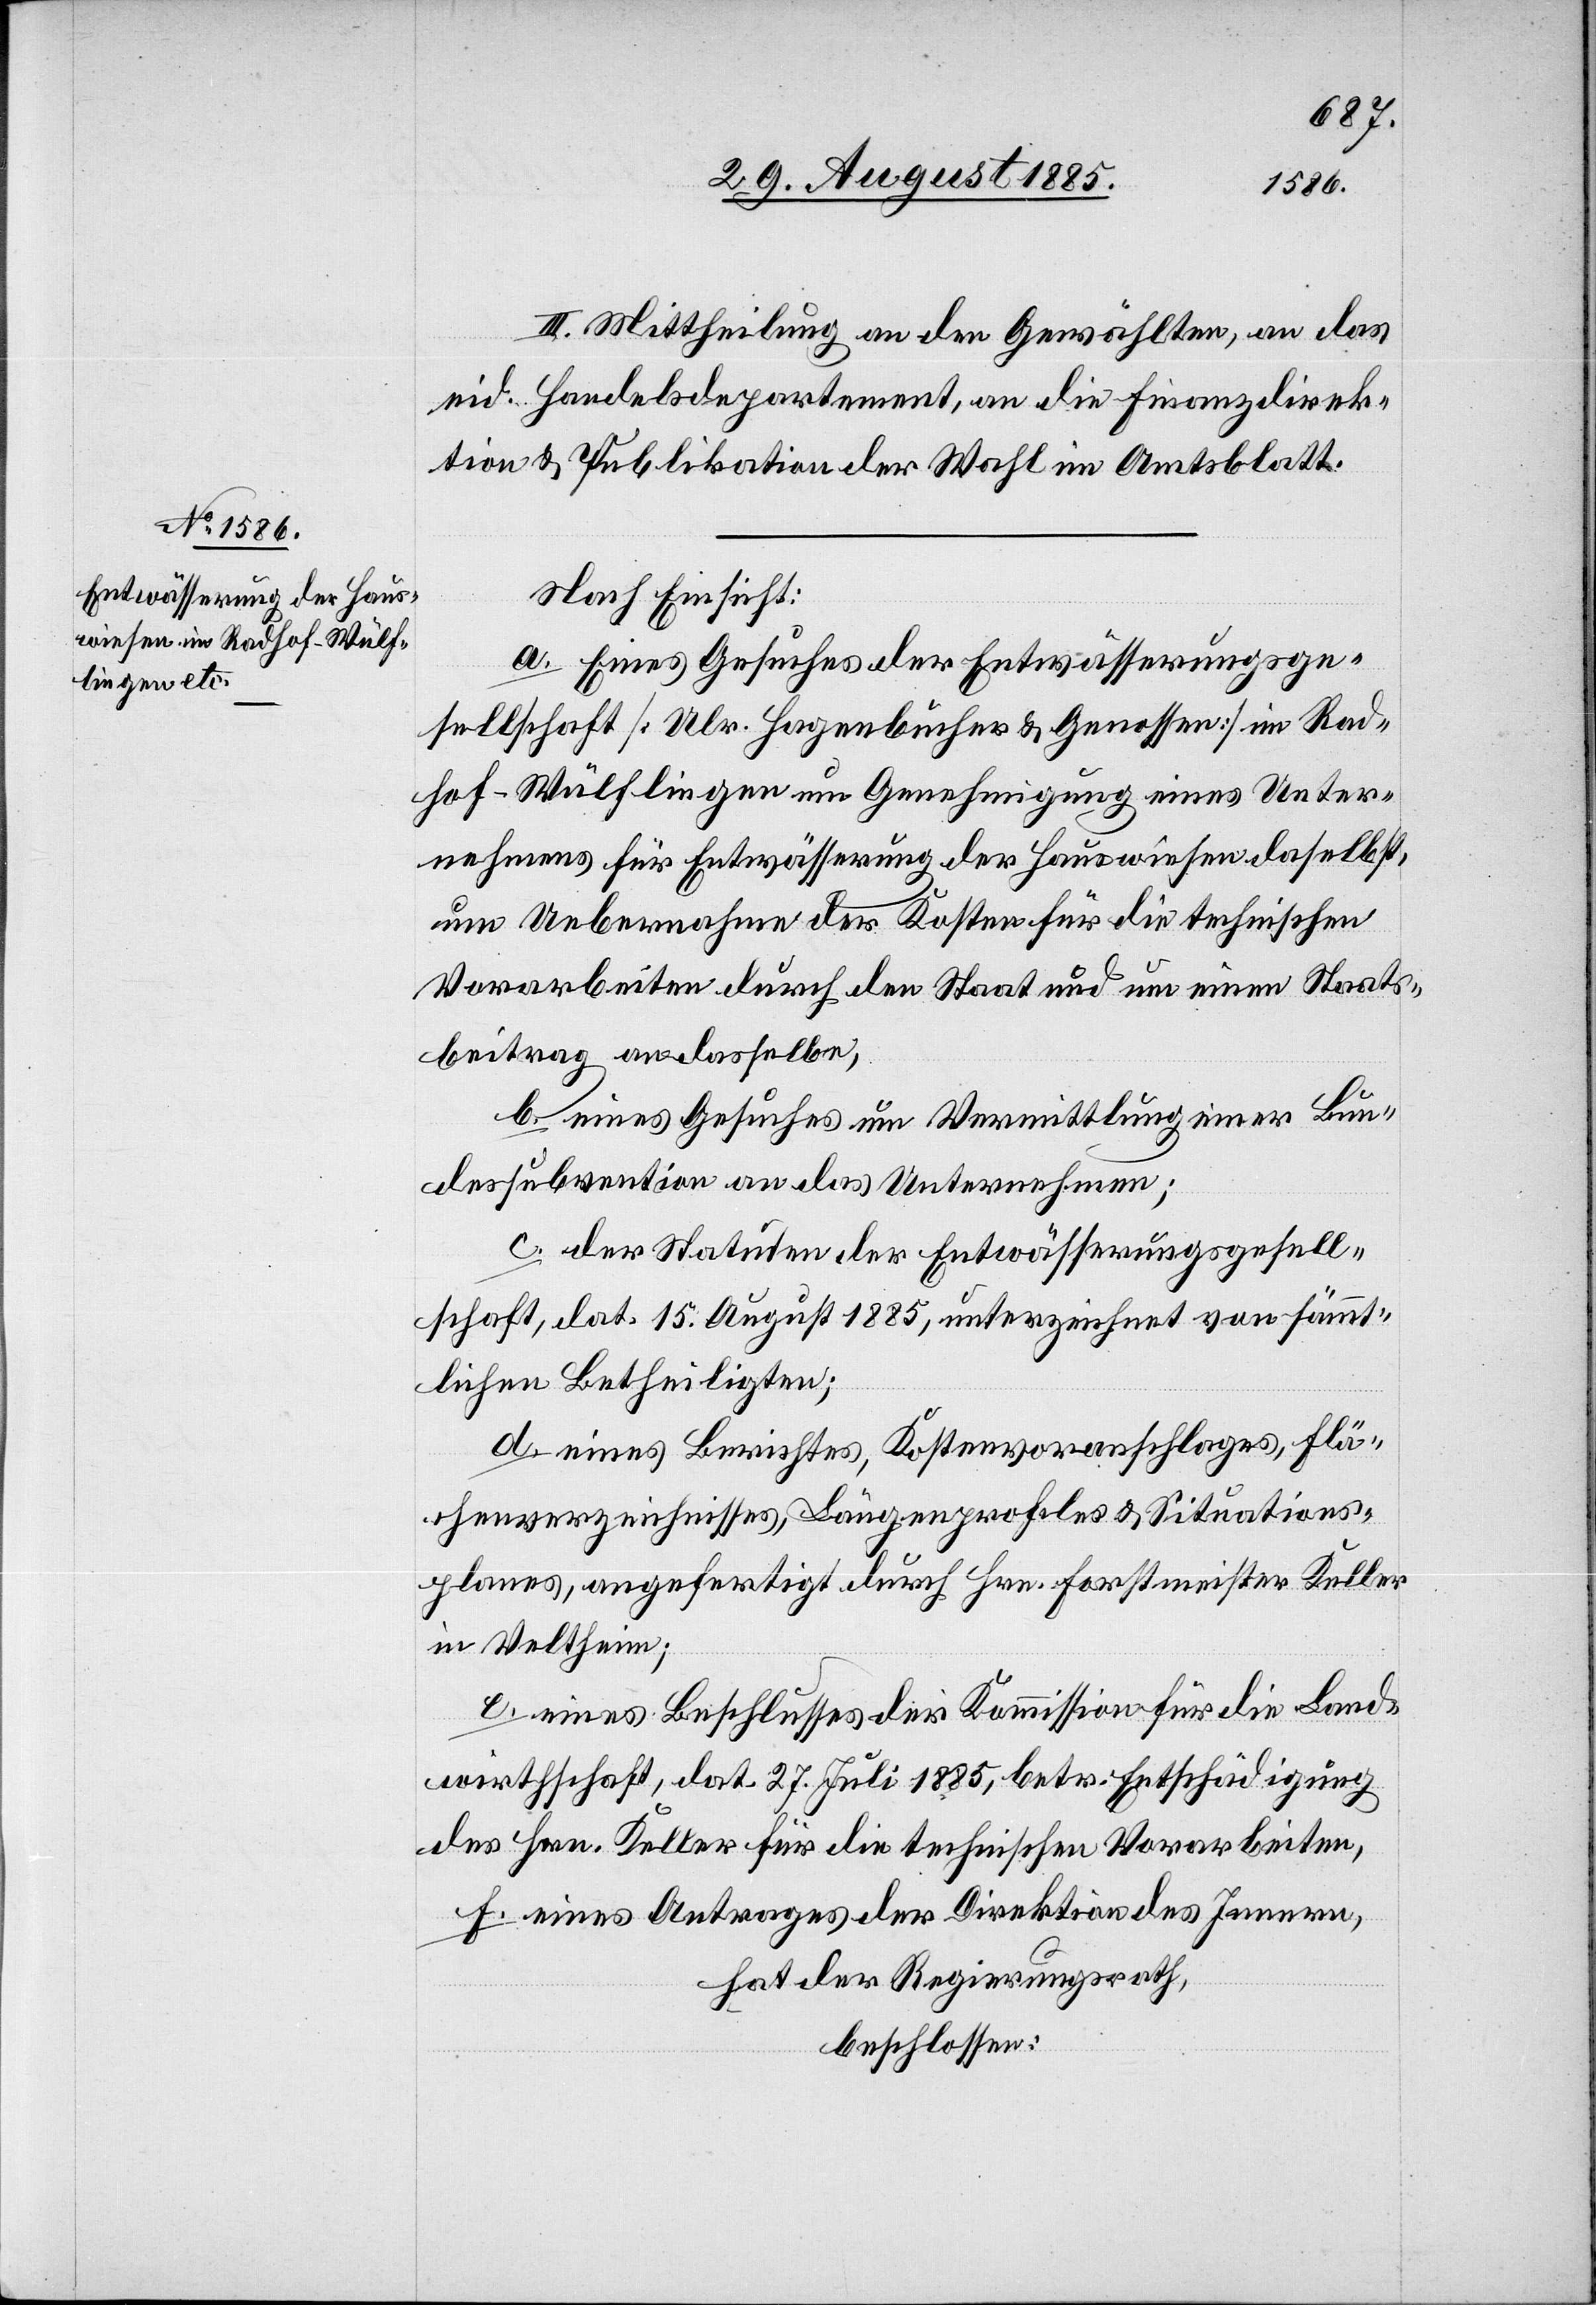
III. Mittheilung an den Gewählten, an das
eid. Handelsdepartement, an die Finanzdirek¬
tion & Publikation der Wahl im Amtsblatt.
Nach Einsicht:
a. Eines Gesuches der Entwässerungsge¬
sellschaft [Ulr. Hagenbucher & Genossen] im Rad¬
hof - Wülflingen um Genehmigung eines Unter¬
nehmens für Entwässerung der Hauswiesen daselbst,
um Uebernahme der Kosten für die technischen
Vorarbeiten durch den Staat und um einen Staats¬
beitrag an dasselbe,
b. eines Gesuches um Vermittlung einer Bun¬
dessubvention an das Unternehmen;
c. der Statuten der Entwässerungsgesell¬
schaft, dat. 15. August 1885, unterzeichnet von sämmt¬
lichen Betheiligten;
d. eines Berichtes, Kostenvoranschlages, Flä¬
chenverzeichnisses, Längenprofiles & Situations¬
planes, angefertigt durch Hrn. Forstmeister Keller
in Veltheim;
e. eines Beschlusses der Kommission für die Land¬
wirthschaft, dat. 27. Juli 1885, betr. Entschädigung
des Hrn. Keller für die technischen Vorarbeiten,
f. eines Antrages der Direktion des Innern,
hat der Regierungsrath,
beschlossen: